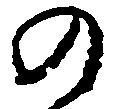
の